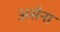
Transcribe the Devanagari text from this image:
असैना